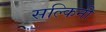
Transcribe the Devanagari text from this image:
सल्किनी